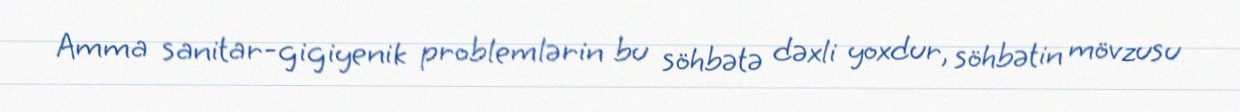
Amma sanitar-gigiyenik problemlərin bu söhbətə dəxli yoxdur, söhbətin mövzusu